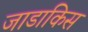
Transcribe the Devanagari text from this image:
जाडाकिस